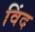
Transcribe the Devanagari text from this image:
विंद